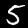
Label: 5